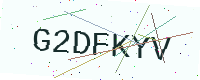
Text: G2DFKYV